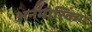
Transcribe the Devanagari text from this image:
अनमास्किंग